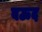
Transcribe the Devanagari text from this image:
बऊद